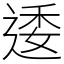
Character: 逶